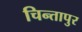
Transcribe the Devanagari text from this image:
चिन्तापुर